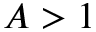
A > 1